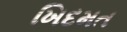
ખિદમત